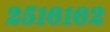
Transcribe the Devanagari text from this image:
२५१६१६२